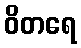
ဝိတရေ